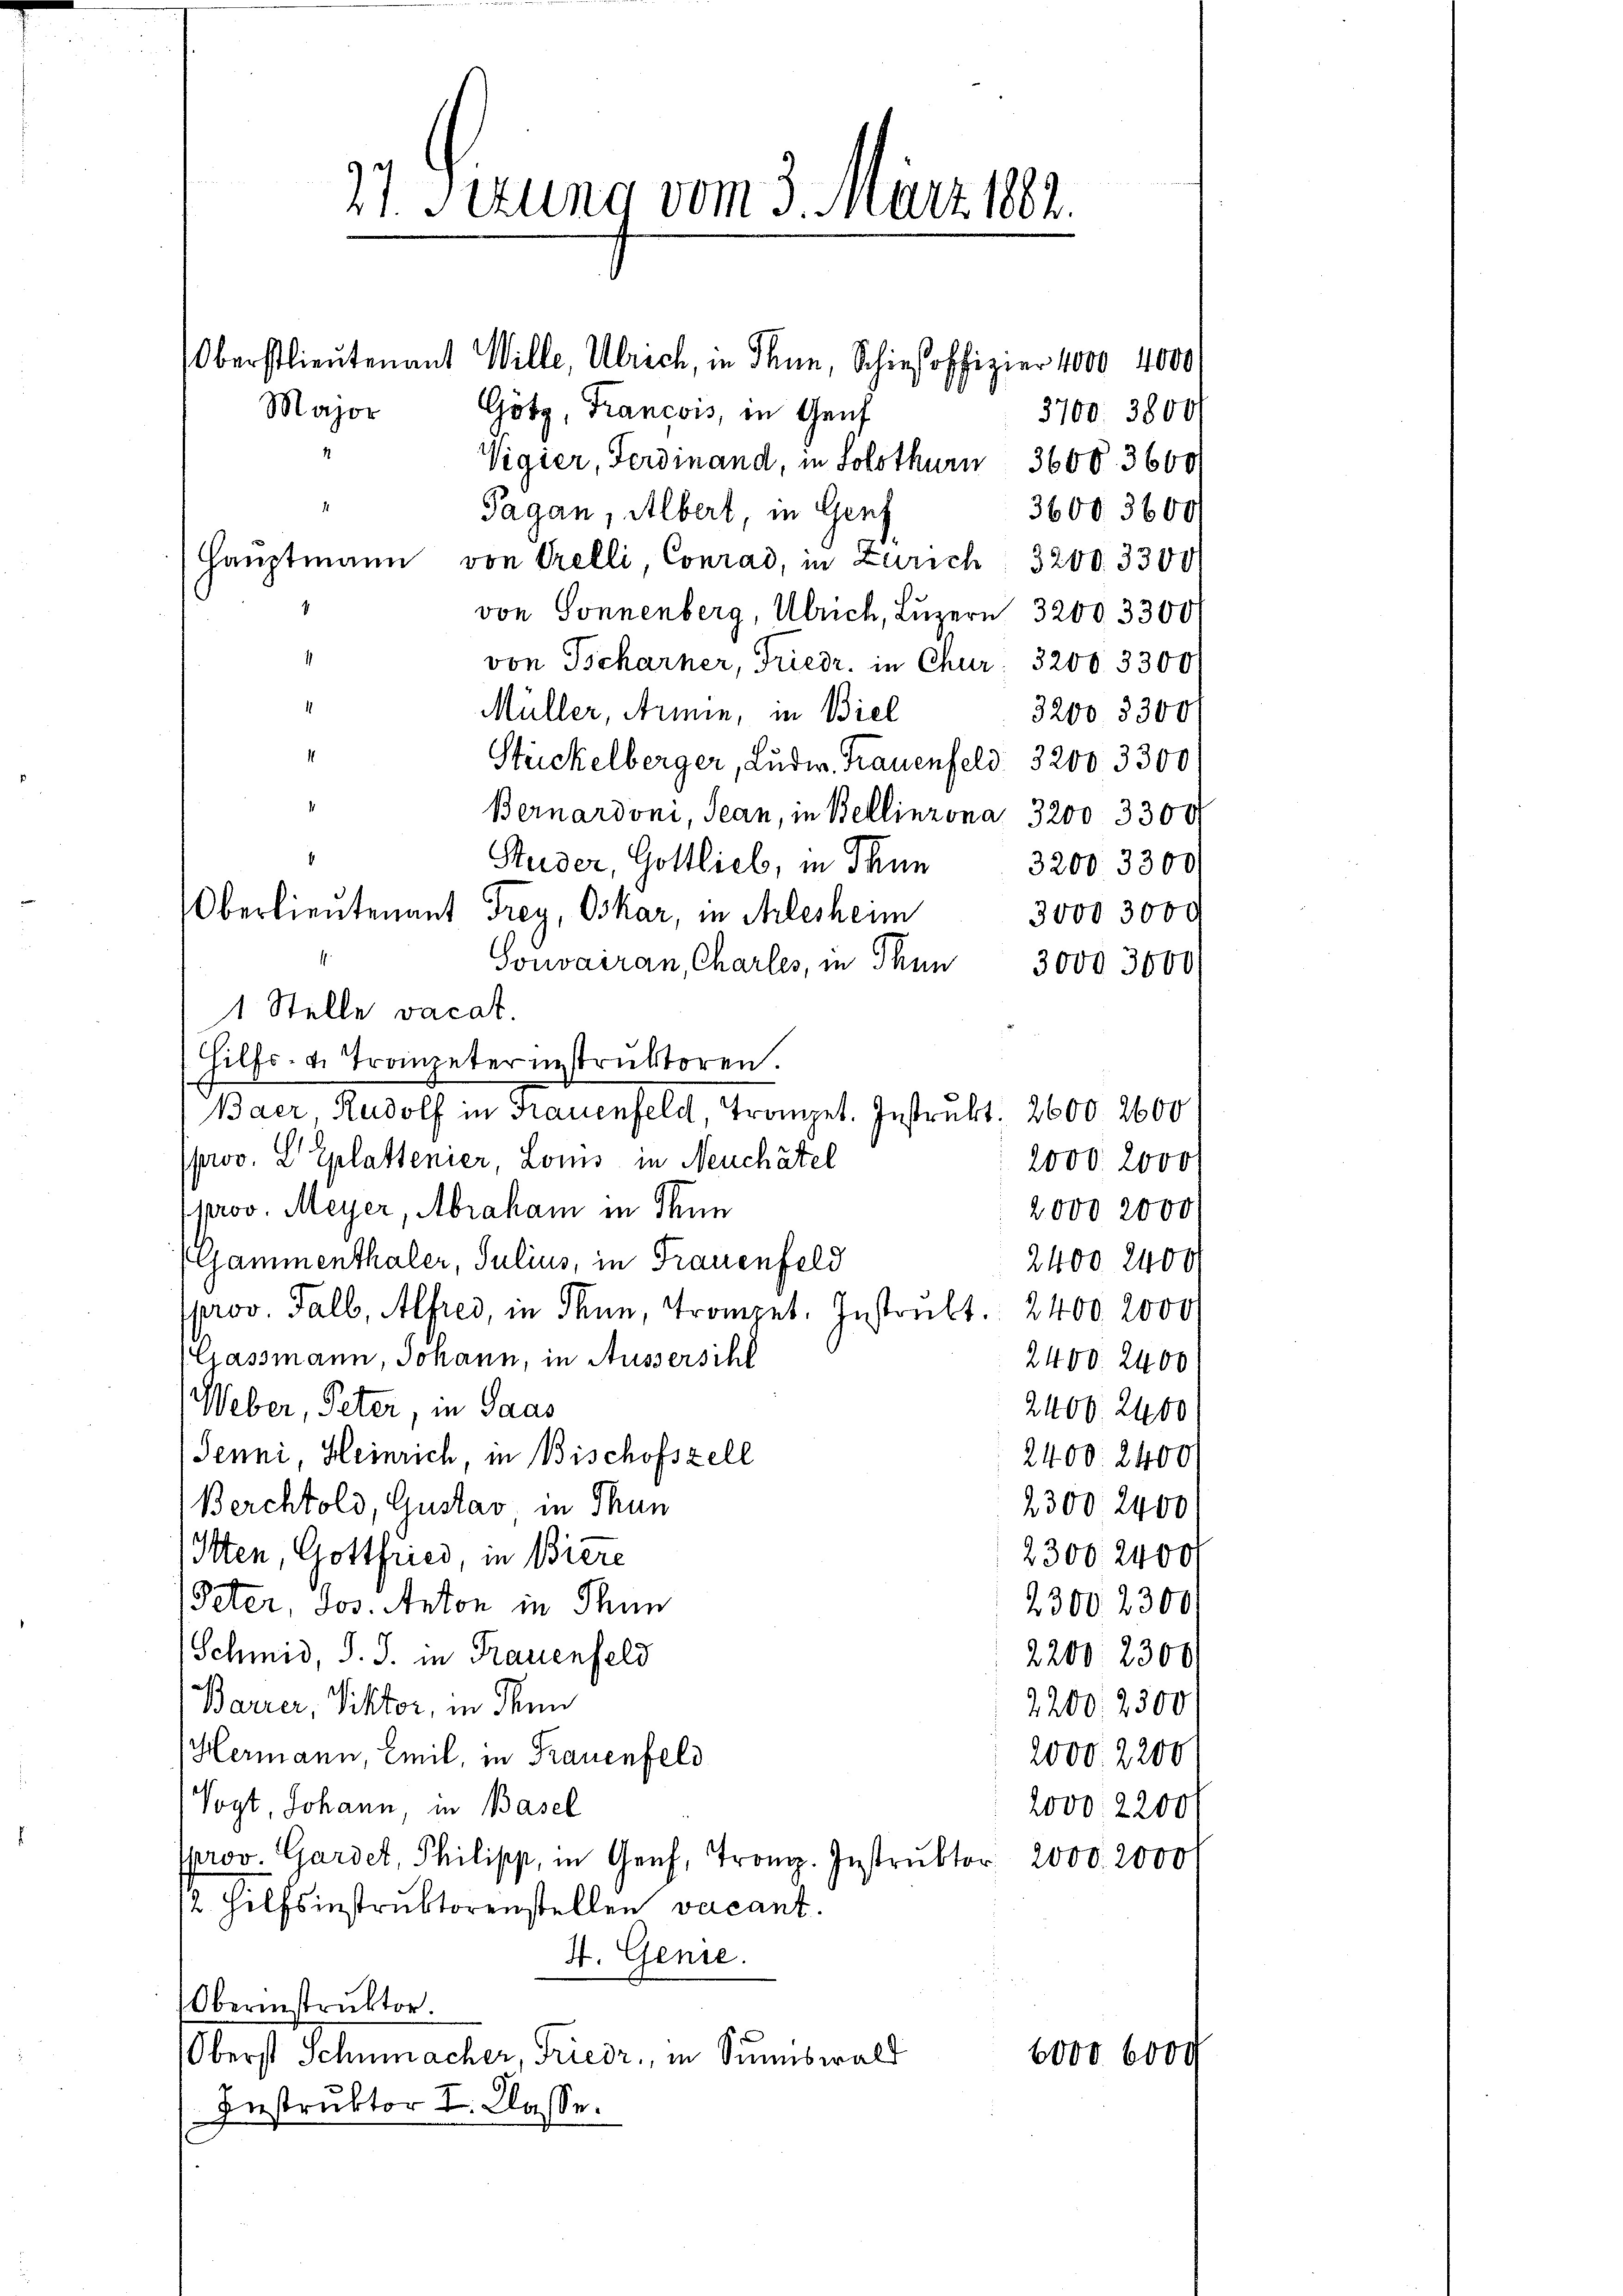
21. Serung vom 3. März 1882.
Oberstlieutenant Wille, Ulrich, in Than, Schieβoffizier 4000 4000
Major
Götz, Francois, in Genf
Vigier, Ferdinand, in Solothurn 3600. 3600/

1
Pagan, Albert, in Genf
36003600
Hauptmann von Orelli, Conrad, in Zürich 3200. 3300
von Sonnenberg, Ulrich, Luzern 3200. 3300
von Tscharner, Friedr. in Chur. 3200. 3300
1
Müller, Armin, in Biel
3200 3300
1
Stückelberger, Ludw. Frauenfeld 3200 3300
Bernardoni, Jean, in Bellinzona 3200. 3300
Studer, Gottlieb, in Thun
3200. 3300
Oberlieutenant Frey, Oskar, in Arlesheim
3000 3000
.
Sonvairan, Charles, in Thun 3000 3000
1 Stelle vacat.
Hilfs- u. Trompeter instruktoren.
Baer, Rudolf in Frauenfeld, Trompet. Instrukt. 2600. 2600
prov. L Eplattenier, Loms in Neuchâtel
2000. 2000
prov. Meyer, Abraham in denn
2000 2000
(Gammenthaler, Julius, in Frauenfeld
2400 2400
prov. Talb, Alfred, in denn, Trompet. Instrukt. 2400. 2000
Gassmann, Johann, in Aussersihl
2400. 2400
Weber, Peter, in Saas
2400. 2400
Jenni, Heinrich, in Bischofszell
2400. 2400
2300 2400
Berchtold, Gustav in Thun
2300 2400
Iten, Gottfried, in Biere
Peter, Jos. Anton in Thun
23002300
Schmid, J. J. in Frauenfeld
2200 2300
Barrer, Viktor, in denn
2200. 2300
Hermann, Emil, in Frauenfeld
2000. 2200
Vogt, Johann in Basel
2000, 2200
prov. Gardet, Philipp, in Genf, Tro. Instrŭktor 2000. 2000
12. Hilfsinstruktorenstellen vacant.
4. Genie.
Oberinstruktor.
Oberst Schumacher, Friede, in Sanenswald
6000 000
Instruktor I. Classe.

3700. 3800/